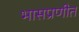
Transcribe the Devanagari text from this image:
भासप्रणीत